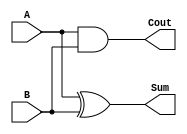
module HalfAdder(
    input A, input B,
    output Sum, output Cout
);
    assign Sum = A ^ B;
    assign Cout = A & B;
endmodule

module FullAdder(
    input A, input B, input Cin,
    output Sum, output Cout
);
    wire HACout1, HACout2;
    HalfAdder HA1(.A(A), .B(B), .Sum(Sum), .Cout(HACout1));
    HalfAdder HA2(.A(Sum), .B(Cin), .Sum(Sum), .Cout(HACout2));
    assign Cout = HACout1 | HACout2;
endmodule

module ALU_32bit(
    input [31:0] A, input [31:0] B,
    input [2:0] ALUControl,
    output reg [31:0] Result, output reg Zero
);
    wire [31:0] AdderOut;
    wire [31:0] AndOut;
    wire [31:0] OrOut;
    wire [31:0] XorOut;

    // 32-bit addition using Full Adders
    FullAdder FA[31:0](
        .A(A), .B(B), .Cin(ALUControl[0]),
        .Sum(AdderOut), .Cout()
    );

    // 32-bit AND operation
    assign AndOut = A & B;

    // 32-bit OR operation
    assign OrOut = A | B;

    // 32-bit XOR operation
    assign XorOut = A ^ B;

    // Output multiplexer based on ALUControl bits
    always @(*) begin
        case(ALUControl)
            3'b000: Result = AdderOut;     // Addition
            3'b001: Result = AndOut;       // AND operation
            3'b010: Result = OrOut;        // OR operation
            3'b011: Result = XorOut;       // XOR operation
            default: Result = 32'b0;       // Default case
        endcase
    end

    // Zero flag generation
    always @(posedge Result or negedge Result) begin
        Zero <= (Result == 32'b0) ? 1'b1 : 1'b0;
    end
endmodule